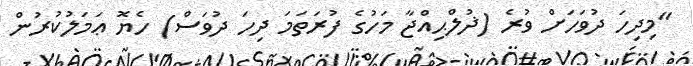
"މިދިހަ ދުވަހަށް ވުރެ (ޛުލްޙިއްޖާ މަހުގެ ފުރަތަމަ ދިހަ ދުވަސް) ހެޔޮ ޢަމަލުކުރުން